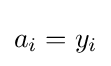
a_{i}=y_{i}